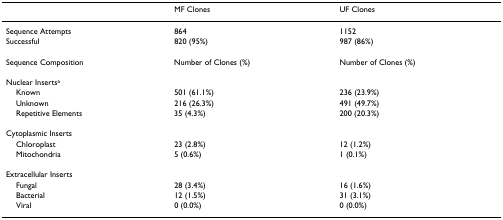
<table><thead><tr><td></td><td><b>MF Clones</b></td><td><b>UF Clones</b></td></tr></thead><tbody><tr><td>Sequence Attempts</td><td>864</td><td>1152</td></tr><tr><td>Successful</td><td>820 (95%)</td><td>987 (86%)</td></tr><tr><td>Sequence Composition</td><td>Number of Clones (%)</td><td>Number of Clones (%)</td></tr><tr><td>Nuclear Inserts<sup>a</sup></td><td></td><td></td></tr><tr><td> Known</td><td>501 (61.1%)</td><td>236 (23.9%)</td></tr><tr><td> Unknown</td><td>216 (26.3%)</td><td>491 (49.7%)</td></tr><tr><td> Repetitive Elements</td><td>35 (4.3%)</td><td>200 (20.3%)</td></tr><tr><td>Cytoplasmic Inserts</td><td></td><td></td></tr><tr><td> Chloroplast</td><td>23 (2.8%)</td><td>12 (1.2%)</td></tr><tr><td> Mitochondria</td><td>5 (0.6%)</td><td>1 (0.1%)</td></tr><tr><td>Extracellular Inserts</td><td></td><td></td></tr><tr><td> Fungal</td><td>28 (3.4%)</td><td>16 (1.6%)</td></tr><tr><td> Bacterial</td><td>12 (1.5%)</td><td>31 (3.1%)</td></tr><tr><td> Viral</td><td>0 (0.0%)</td><td>0 (0.0%)</td></tr></tbody></table>